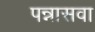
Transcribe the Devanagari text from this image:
पन्नासवा